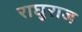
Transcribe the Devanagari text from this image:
राघुराज